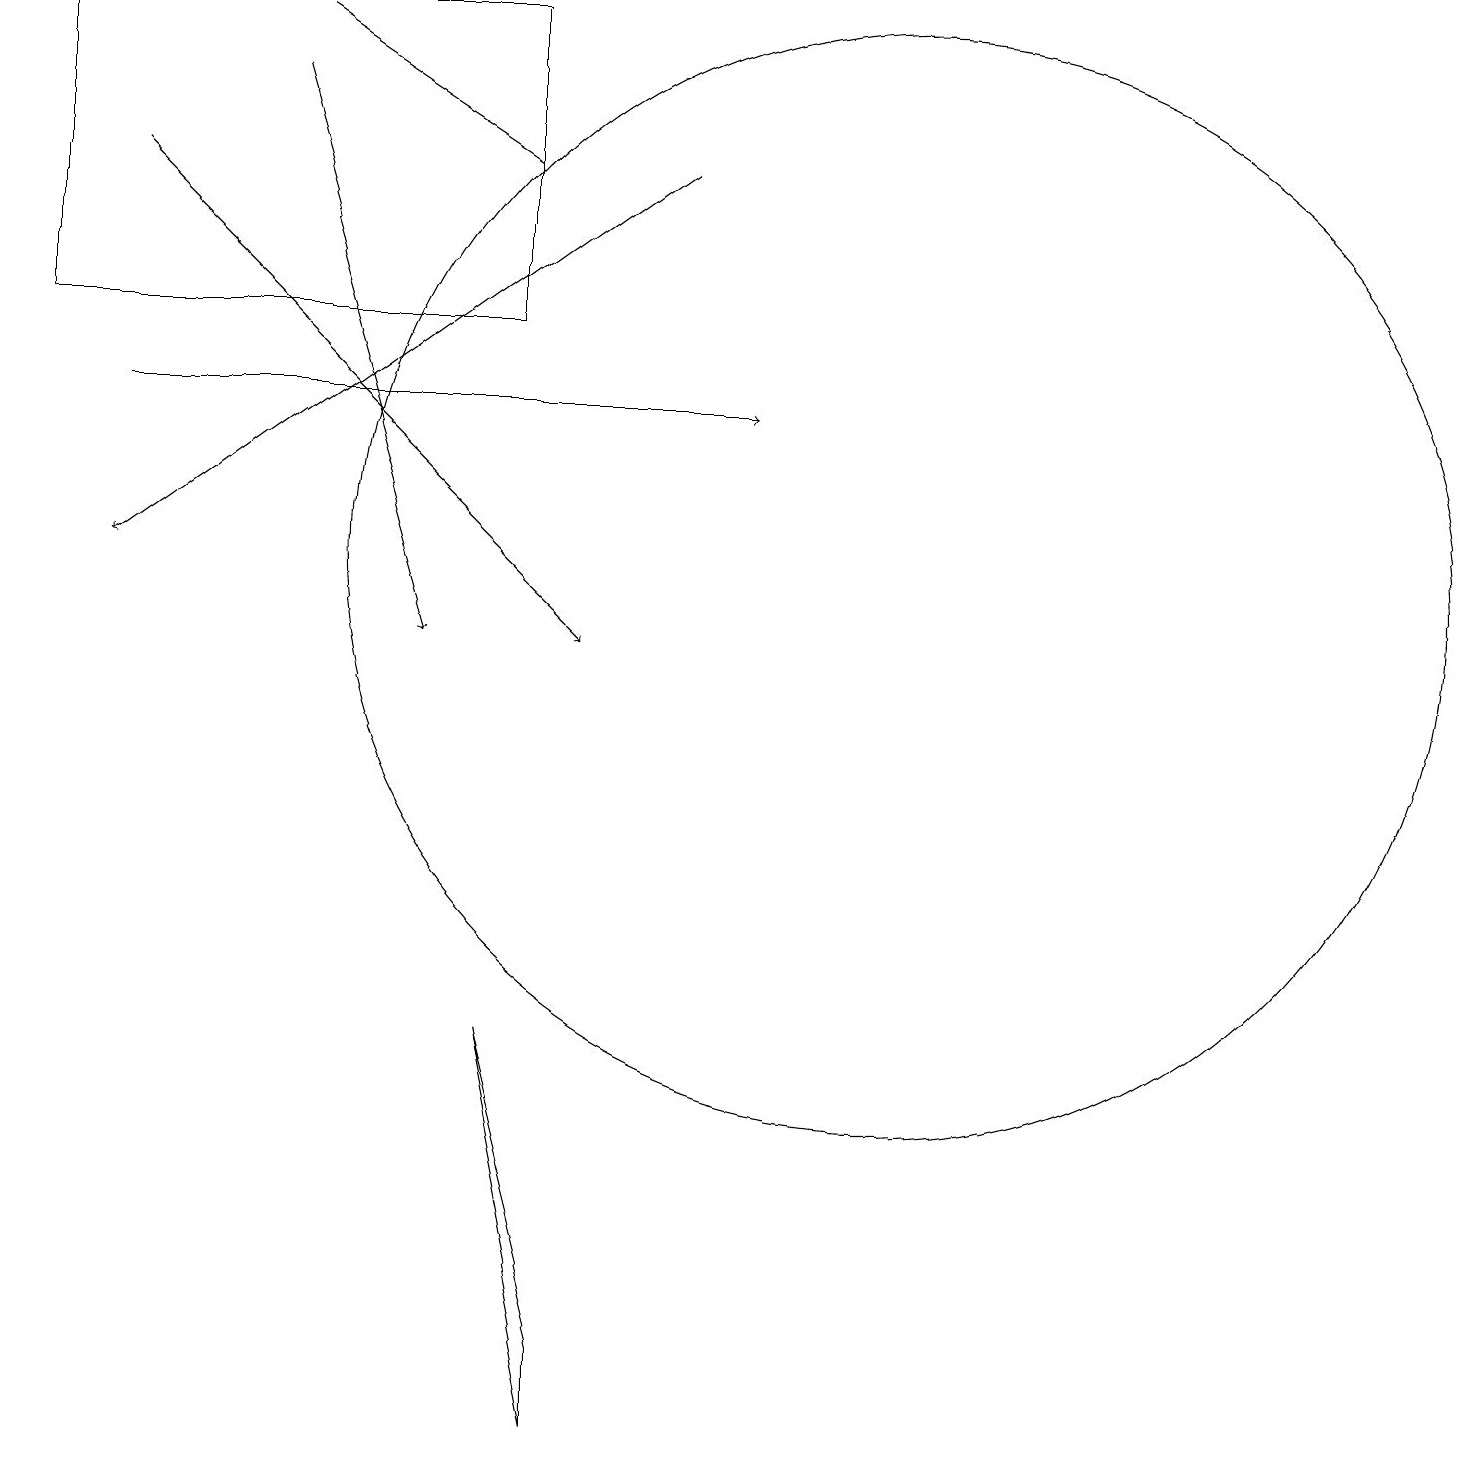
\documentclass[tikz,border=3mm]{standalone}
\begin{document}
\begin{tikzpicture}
\draw[->] (8,16) -- (1,11);
\draw[->] (3,17) -- (5,10);
\draw[->] (1,13) -- (9,13);
\draw (6,14) rectangle (0,18);
\draw[->] (1,16) -- (7,10);
\draw (6,5) -- (7,0) -- (7,1) -- cycle;
\draw[->] (6,16) -- (3,18);
\draw (11,11) circle (7);
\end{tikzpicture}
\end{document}